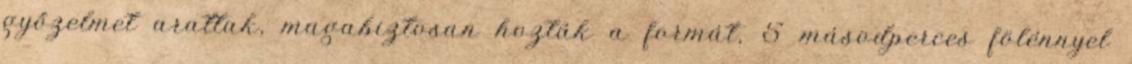
győzelmet arattak, magabiztosan hozták a formát, 5 másodperces fölénnyel